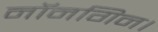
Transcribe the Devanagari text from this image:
नॉनगिन।